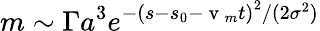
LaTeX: m\sim\Gamma a^{3}e^{-\left(s-s_{0}-\mathrm{~v~}_{m}t\right)^{2}/(2\sigma^{2})}